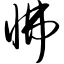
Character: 怫